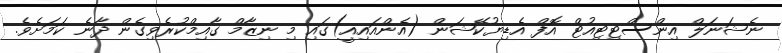
ނެޝަނަލް އިންސްޓިޓިއުޓް އޮފް އެޑިޔުކޭޝަން (އެންއައިއީ)ގައި މި ނިޒާމް ގާއިމްކުރެވިގެން ދާނެ ކަމަށެވެ.